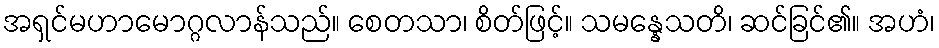
အရှင်မဟာမောဂ္ဂလာန်သည်။ စေတသာ၊ စိတ်ဖြင့်။ သမန္နေသတိ၊ ဆင်ခြင်၏။ အဟံ၊